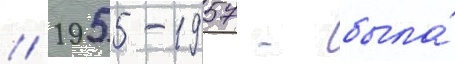
// 1955-1957 - была́